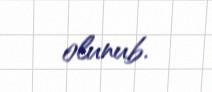
olunub.